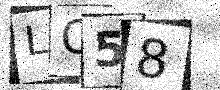
Text: LO58